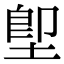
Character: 堲